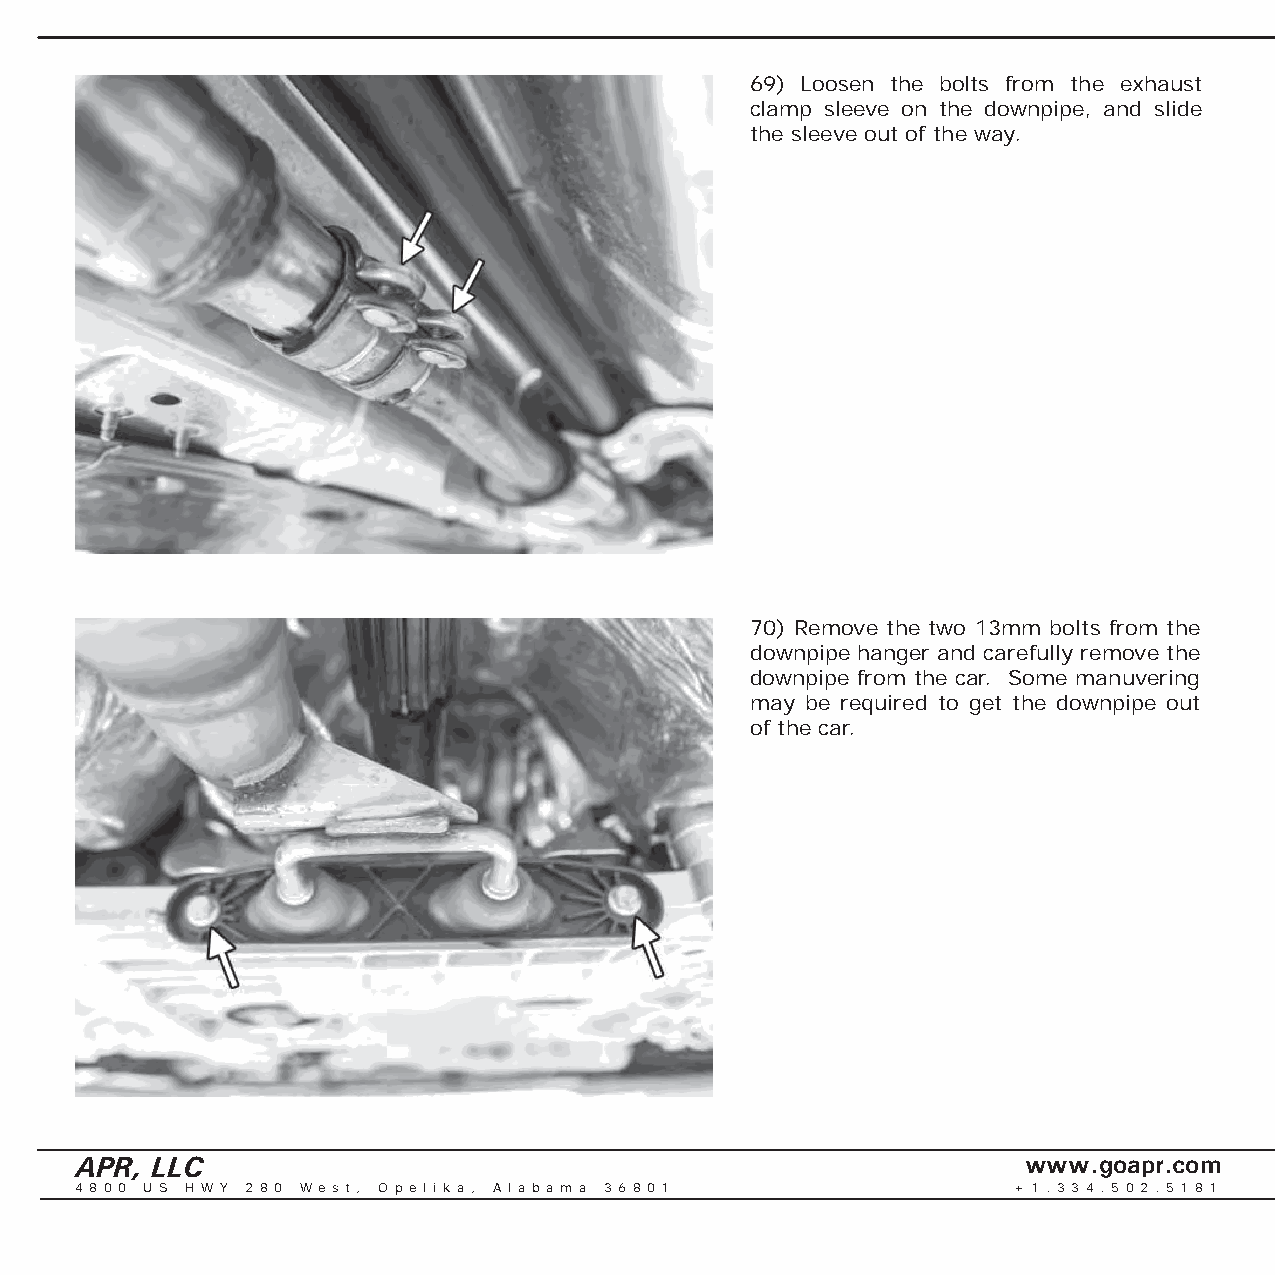
69) Loosen the bolts from the exhaust
 clamp sleeve on the downpipe, and slide
 the sleeve out of the way.
 70) Remove the two 13mm bolts from the
 downpipe hanger and carefully remove the
 downpipe from the car. Some manuvering
 may be required to get the downpipe out
 of the car.
 APR, LLC                                                       www.goapr.com
 4 8 0 0 U S H W Y 2 8 0 We s t , O p e l i k a , A l a b a m a 3 6 8 0 1 + 1 . 3 3 4 . 5 0 2 . 5 1 8 1